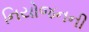
નિયોજનની